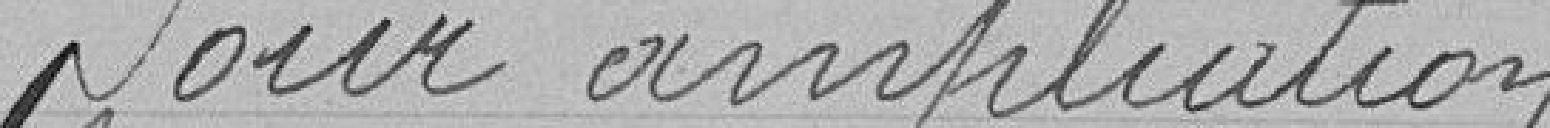
Pour ampliation